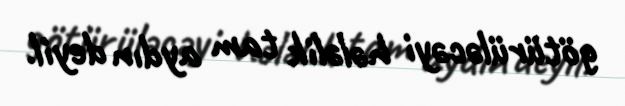
götürüləcəyi hələlik tam aydın deyil.